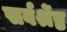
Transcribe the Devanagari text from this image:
सर्वर्श्रेष्ठ